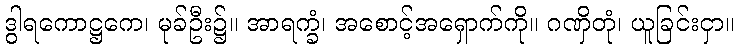
ဒွါရကောဋ္ဌကေ၊ မုခ်ဦး၌။ အာရက္ခံ၊ အစောင့်အရှောက်ကို။ ဂဏှိတုံ၊ ယူခြင်းငှာ။